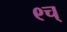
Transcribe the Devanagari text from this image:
९च्